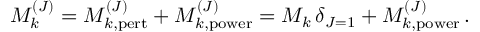
{ \cal M } _ { k } ^ { ( J ) } = { \cal M } _ { k , \mathrm { p e r t } } ^ { ( J ) } + { \cal M } _ { k , \mathrm { p o w e r } } ^ { ( J ) } = M _ { k } \, \delta _ { J = 1 } + { \cal M } _ { k , \mathrm { p o w e r } } ^ { ( J ) } \, .